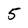
Character: 5